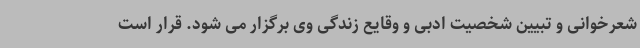
شعرخوانی و تبیین شخصیت ادبی و وقایع زندگی وی برگزار می شود. قرار است